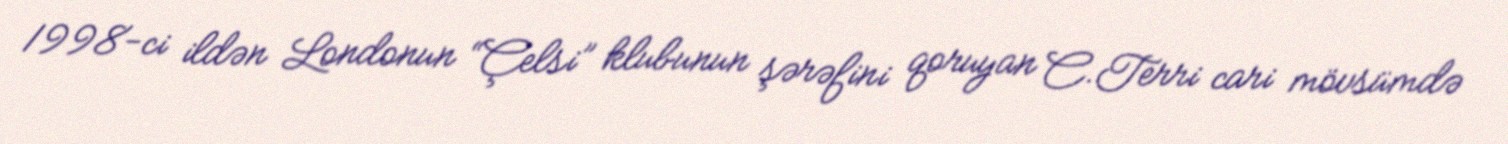
1998-ci ildən Londonun “Çelsi” klubunun şərəfini qoruyan C.Terri cari mövsümdə